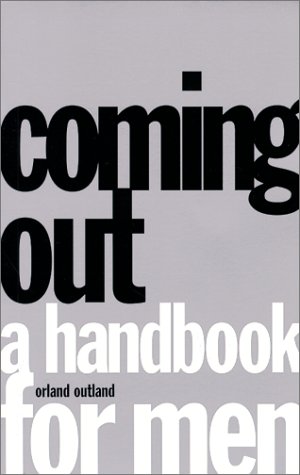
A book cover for Coming Out: A Handbook for Men; Orland Outland; Gay & Lesbian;